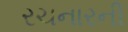
રચનારની